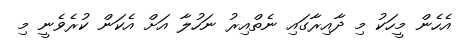
އެހެން މީހަކު މި ދާއިރާގައި ނެތްއިރު ނަހުލާ އަށް އެކަން ކުރެވެނީ މި